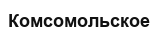
Комсомольское